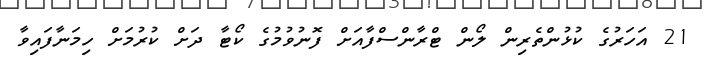
21 އަހަރުގެ ކުޅުންތެރިން ލޯން ޓްރާންސްފާއަށް ފޮނުވުމުގެ ކޯޓާ ދަށް ކުރުމަށް ހިމަނާފައިވާ